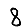
Digit: 8